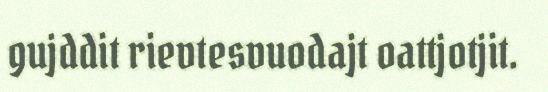
gujddit rievtesvuodajt oattjotjit.